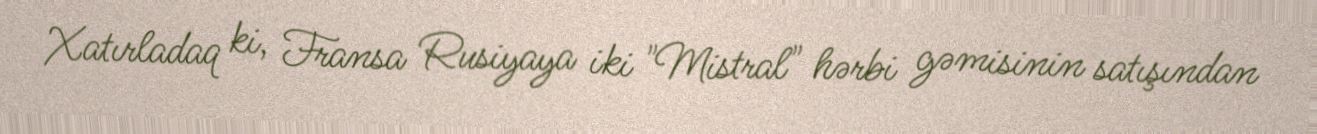
Xatırladaq ki, Fransa Rusiyaya iki "Mistral" hərbi gəmisinin satışından